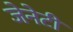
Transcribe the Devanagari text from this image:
जेनेटी